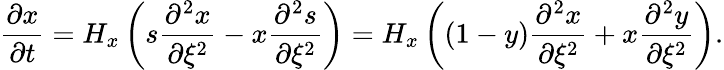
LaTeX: \frac{\partial x}{\partial t}=H_{x}\left(s\frac{\partial^{2}x}{\partial\xi^{2}}-x\frac{\partial^{2}s}{\partial\xi^{2}}\right)=H_{x}\left((1-y)\frac{\partial^{2}x}{\partial\xi^{2}}+x\frac{\partial^{2}y}{\partial\xi^{2}}\right).